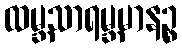
ထမ္ဘသာရမ္ဘမာနဉ္စ